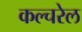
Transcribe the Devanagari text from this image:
कल्चरेल